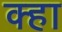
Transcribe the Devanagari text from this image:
क्हा